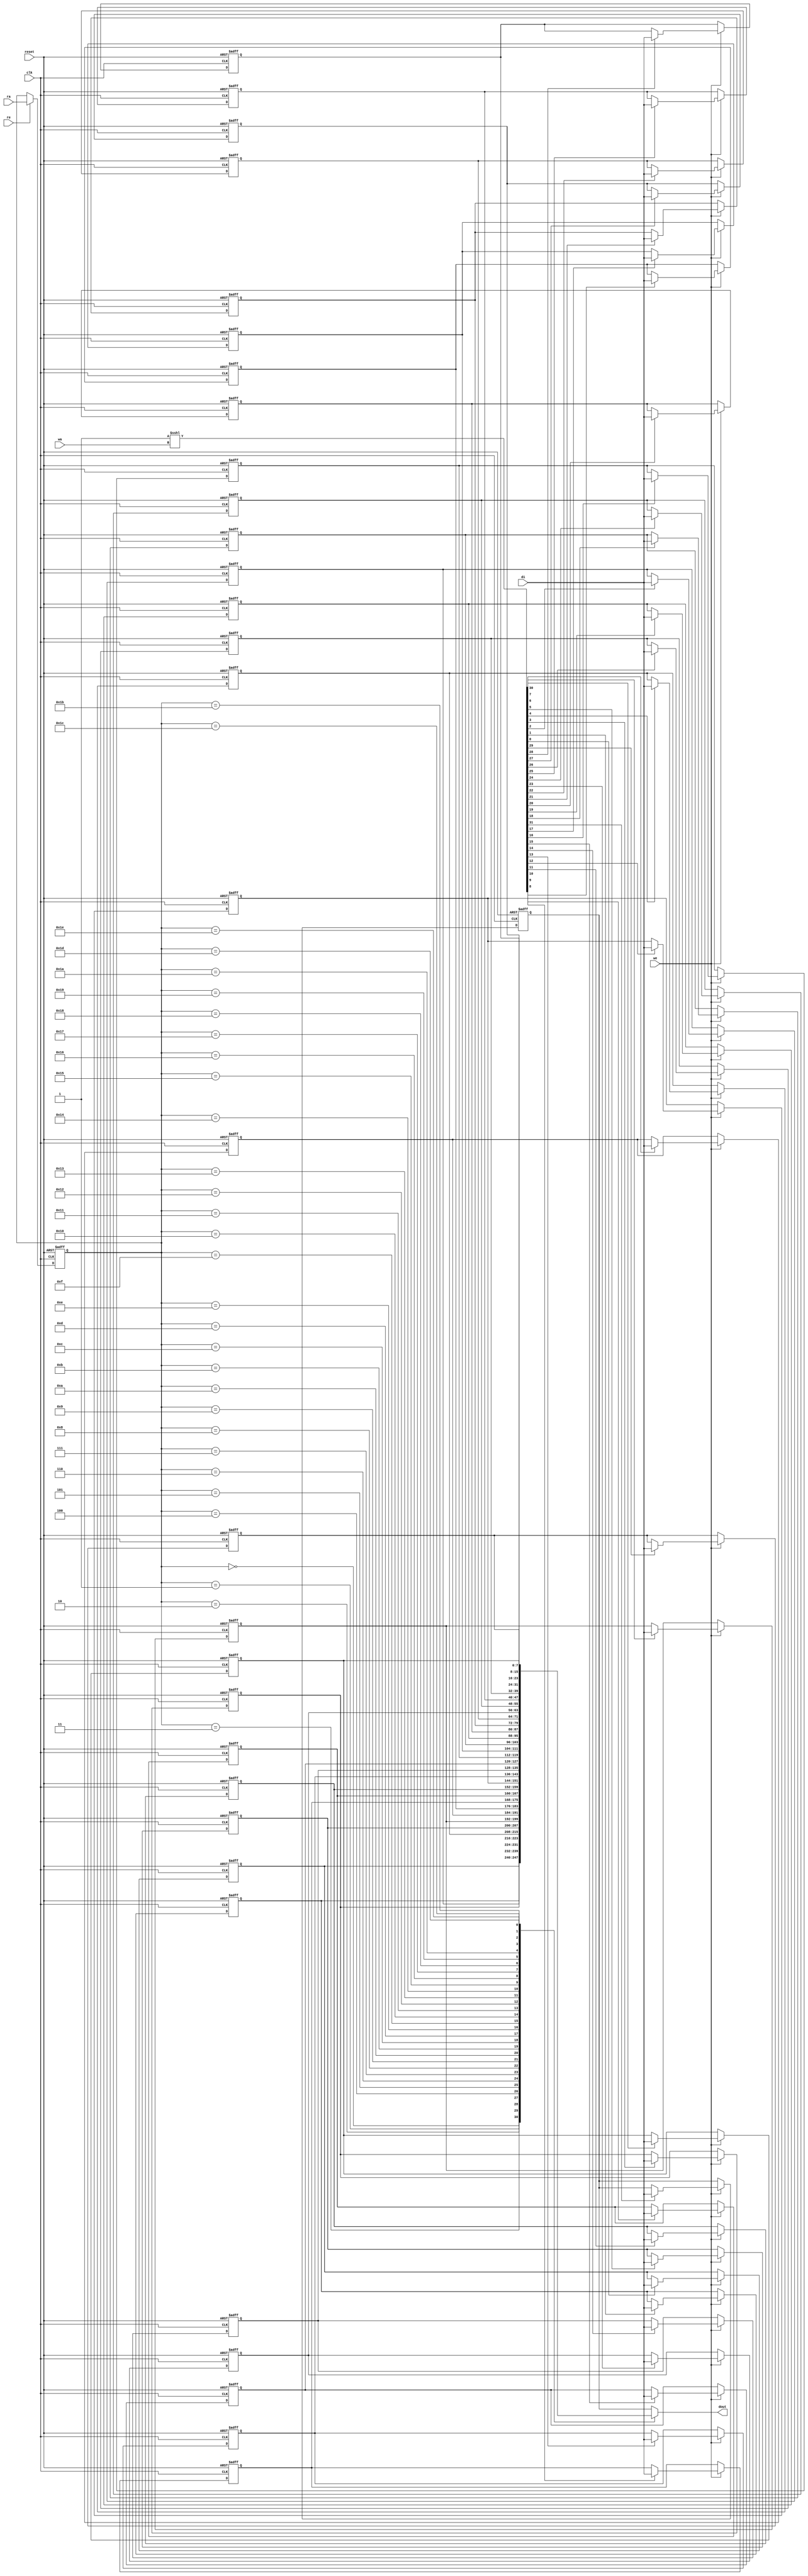
// Generator : SpinalHDL v1.9.4    git head : 270018552577f3bb8e5339ee2583c9c22d324215
// Component : nv_ram_rws
// Git hash  : 595b46de21e9894cca541d4483c8c23e940c7d27

`timescale 1ns/1ps

module nv_ram_rws (
  input  wire          re,
  input  wire          we,
  input  wire [4:0]    ra,
  input  wire [4:0]    wa,
  input  wire [7:0]    di,
  output wire [7:0]    dout,
  input  wire          clk,
  input  wire          reset
);

  reg        [7:0]    _zz_dout_33;
  reg        [7:0]    _zz_dout;
  reg        [7:0]    _zz_dout_1;
  reg        [7:0]    _zz_dout_2;
  reg        [7:0]    _zz_dout_3;
  reg        [7:0]    _zz_dout_4;
  reg        [7:0]    _zz_dout_5;
  reg        [7:0]    _zz_dout_6;
  reg        [7:0]    _zz_dout_7;
  reg        [7:0]    _zz_dout_8;
  reg        [7:0]    _zz_dout_9;
  reg        [7:0]    _zz_dout_10;
  reg        [7:0]    _zz_dout_11;
  reg        [7:0]    _zz_dout_12;
  reg        [7:0]    _zz_dout_13;
  reg        [7:0]    _zz_dout_14;
  reg        [7:0]    _zz_dout_15;
  reg        [7:0]    _zz_dout_16;
  reg        [7:0]    _zz_dout_17;
  reg        [7:0]    _zz_dout_18;
  reg        [7:0]    _zz_dout_19;
  reg        [7:0]    _zz_dout_20;
  reg        [7:0]    _zz_dout_21;
  reg        [7:0]    _zz_dout_22;
  reg        [7:0]    _zz_dout_23;
  reg        [7:0]    _zz_dout_24;
  reg        [7:0]    _zz_dout_25;
  reg        [7:0]    _zz_dout_26;
  reg        [7:0]    _zz_dout_27;
  reg        [7:0]    _zz_dout_28;
  reg        [7:0]    _zz_dout_29;
  reg        [7:0]    _zz_dout_30;
  reg        [7:0]    _zz_dout_31;
  reg        [4:0]    _zz_dout_32;
  wire       [31:0]   _zz_1;

  always @(*) begin
    case(_zz_dout_32)
      5'b00000 : _zz_dout_33 = _zz_dout;
      5'b00001 : _zz_dout_33 = _zz_dout_1;
      5'b00010 : _zz_dout_33 = _zz_dout_2;
      5'b00011 : _zz_dout_33 = _zz_dout_3;
      5'b00100 : _zz_dout_33 = _zz_dout_4;
      5'b00101 : _zz_dout_33 = _zz_dout_5;
      5'b00110 : _zz_dout_33 = _zz_dout_6;
      5'b00111 : _zz_dout_33 = _zz_dout_7;
      5'b01000 : _zz_dout_33 = _zz_dout_8;
      5'b01001 : _zz_dout_33 = _zz_dout_9;
      5'b01010 : _zz_dout_33 = _zz_dout_10;
      5'b01011 : _zz_dout_33 = _zz_dout_11;
      5'b01100 : _zz_dout_33 = _zz_dout_12;
      5'b01101 : _zz_dout_33 = _zz_dout_13;
      5'b01110 : _zz_dout_33 = _zz_dout_14;
      5'b01111 : _zz_dout_33 = _zz_dout_15;
      5'b10000 : _zz_dout_33 = _zz_dout_16;
      5'b10001 : _zz_dout_33 = _zz_dout_17;
      5'b10010 : _zz_dout_33 = _zz_dout_18;
      5'b10011 : _zz_dout_33 = _zz_dout_19;
      5'b10100 : _zz_dout_33 = _zz_dout_20;
      5'b10101 : _zz_dout_33 = _zz_dout_21;
      5'b10110 : _zz_dout_33 = _zz_dout_22;
      5'b10111 : _zz_dout_33 = _zz_dout_23;
      5'b11000 : _zz_dout_33 = _zz_dout_24;
      5'b11001 : _zz_dout_33 = _zz_dout_25;
      5'b11010 : _zz_dout_33 = _zz_dout_26;
      5'b11011 : _zz_dout_33 = _zz_dout_27;
      5'b11100 : _zz_dout_33 = _zz_dout_28;
      5'b11101 : _zz_dout_33 = _zz_dout_29;
      5'b11110 : _zz_dout_33 = _zz_dout_30;
      default : _zz_dout_33 = _zz_dout_31;
    endcase
  end

  assign _zz_1 = ({31'd0,1'b1} <<< wa);
  assign dout = _zz_dout_33;
  always @(posedge clk or posedge reset) begin
    if(reset) begin
      _zz_dout <= 8'h00;
      _zz_dout_1 <= 8'h00;
      _zz_dout_2 <= 8'h00;
      _zz_dout_3 <= 8'h00;
      _zz_dout_4 <= 8'h00;
      _zz_dout_5 <= 8'h00;
      _zz_dout_6 <= 8'h00;
      _zz_dout_7 <= 8'h00;
      _zz_dout_8 <= 8'h00;
      _zz_dout_9 <= 8'h00;
      _zz_dout_10 <= 8'h00;
      _zz_dout_11 <= 8'h00;
      _zz_dout_12 <= 8'h00;
      _zz_dout_13 <= 8'h00;
      _zz_dout_14 <= 8'h00;
      _zz_dout_15 <= 8'h00;
      _zz_dout_16 <= 8'h00;
      _zz_dout_17 <= 8'h00;
      _zz_dout_18 <= 8'h00;
      _zz_dout_19 <= 8'h00;
      _zz_dout_20 <= 8'h00;
      _zz_dout_21 <= 8'h00;
      _zz_dout_22 <= 8'h00;
      _zz_dout_23 <= 8'h00;
      _zz_dout_24 <= 8'h00;
      _zz_dout_25 <= 8'h00;
      _zz_dout_26 <= 8'h00;
      _zz_dout_27 <= 8'h00;
      _zz_dout_28 <= 8'h00;
      _zz_dout_29 <= 8'h00;
      _zz_dout_30 <= 8'h00;
      _zz_dout_31 <= 8'h00;
      _zz_dout_32 <= 5'h00;
    end else begin
      if(we) begin
        if(_zz_1[0]) begin
          _zz_dout <= di;
        end
        if(_zz_1[1]) begin
          _zz_dout_1 <= di;
        end
        if(_zz_1[2]) begin
          _zz_dout_2 <= di;
        end
        if(_zz_1[3]) begin
          _zz_dout_3 <= di;
        end
        if(_zz_1[4]) begin
          _zz_dout_4 <= di;
        end
        if(_zz_1[5]) begin
          _zz_dout_5 <= di;
        end
        if(_zz_1[6]) begin
          _zz_dout_6 <= di;
        end
        if(_zz_1[7]) begin
          _zz_dout_7 <= di;
        end
        if(_zz_1[8]) begin
          _zz_dout_8 <= di;
        end
        if(_zz_1[9]) begin
          _zz_dout_9 <= di;
        end
        if(_zz_1[10]) begin
          _zz_dout_10 <= di;
        end
        if(_zz_1[11]) begin
          _zz_dout_11 <= di;
        end
        if(_zz_1[12]) begin
          _zz_dout_12 <= di;
        end
        if(_zz_1[13]) begin
          _zz_dout_13 <= di;
        end
        if(_zz_1[14]) begin
          _zz_dout_14 <= di;
        end
        if(_zz_1[15]) begin
          _zz_dout_15 <= di;
        end
        if(_zz_1[16]) begin
          _zz_dout_16 <= di;
        end
        if(_zz_1[17]) begin
          _zz_dout_17 <= di;
        end
        if(_zz_1[18]) begin
          _zz_dout_18 <= di;
        end
        if(_zz_1[19]) begin
          _zz_dout_19 <= di;
        end
        if(_zz_1[20]) begin
          _zz_dout_20 <= di;
        end
        if(_zz_1[21]) begin
          _zz_dout_21 <= di;
        end
        if(_zz_1[22]) begin
          _zz_dout_22 <= di;
        end
        if(_zz_1[23]) begin
          _zz_dout_23 <= di;
        end
        if(_zz_1[24]) begin
          _zz_dout_24 <= di;
        end
        if(_zz_1[25]) begin
          _zz_dout_25 <= di;
        end
        if(_zz_1[26]) begin
          _zz_dout_26 <= di;
        end
        if(_zz_1[27]) begin
          _zz_dout_27 <= di;
        end
        if(_zz_1[28]) begin
          _zz_dout_28 <= di;
        end
        if(_zz_1[29]) begin
          _zz_dout_29 <= di;
        end
        if(_zz_1[30]) begin
          _zz_dout_30 <= di;
        end
        if(_zz_1[31]) begin
          _zz_dout_31 <= di;
        end
      end
      if(re) begin
        _zz_dout_32 <= ra;
      end
    end
  end


endmodule